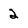
Character: 2